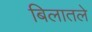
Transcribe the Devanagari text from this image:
बिलातले